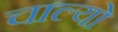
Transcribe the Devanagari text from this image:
चाल्‍यो